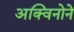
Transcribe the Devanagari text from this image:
अक्विनोने